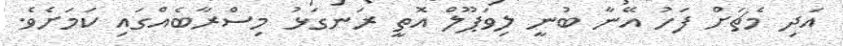
އަދި މެޗަށް ފަހު އޭނާ ބުނީ ލިވަޕޫލް އޮތީ ރަނގަޅު މިސްރާބެއްގައި ކަމަށެވެ.